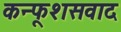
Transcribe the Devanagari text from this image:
कन्फूशसवाद